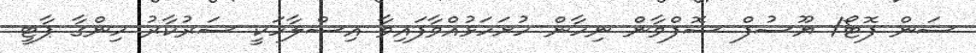
ސަން ފޮޓޯ/ ޔޫސުފް ސޮފްވާން ނިހާން ހުށަހަޅުއްވާފައިވާ އިސްލާހަކީ ސަރުކާރު ހިންގާ ޕާޓީ